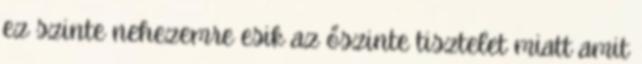
ez szinte nehezemre esik az őszinte tisztelet miatt amit